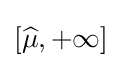
\textstyle \left[{\widehat {\mu }},+\infty \right]